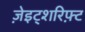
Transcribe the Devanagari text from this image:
ज़ेइट्शरिफ़्ट